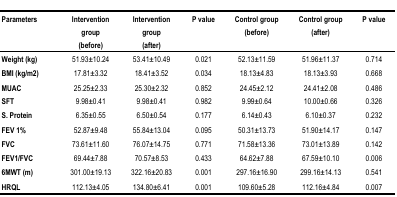
| Parameters | Intervention group (before) | Intervention group (after) | P value | Control group (before) | Control group (after) | P value |
 | --- | --- | --- | --- | --- | --- | --- |
 | Weight (kg) | 51.93±10.24 | 53.41±10.49 | 0.021 | 52.13±11.59 | 51.96±11.37 | 0.714 |
 | BMI (kg/m2) | 17.81±3.32 | 18.41±3.52 | 0.034 | 18.13±4.83 | 18.13±3.93 | 0.668 |
 | MUAC | 25.25±2.33 | 25.30±2.32 | 0.852 | 24.45±2.12 | 24.41±2.08 | 0.486 |
 | SFT | 9.98±0.41 | 9.98±0.41 | 0.982 | 9.99±0.64 | 10.00±0.66 | 0.326 |
 | S. Protein | 6.35±0.55 | 6.50±0.54 | 0.177 | 6.14±0.43 | 6.10±0.37 | 0.232 |
 | FEV 1% | 52.87±9.48 | 55.84±13.04 | 0.095 | 50.31±13.73 | 51.90±14.17 | 0.147 |
 | FVC | 73.61±11.60 | 76.07±14.75 | 0.771 | 71.58±13.36 | 73.01±13.89 | 0.142 |
 | FEV1/FVC | 69.44±7.88 | 70.57±8.53 | 0.433 | 64.62±7.88 | 67.59±10.10 | 0.006 |
 | 6MWT (m) | 301.00±19.13 | 322.16±20.83 | 0.001 | 297.16±16.90 | 299.16±14.13 | 0.541 |
 | HRQL | 112.13±4.05 | 134.80±6.41 | 0.001 | 109.60±5.28 | 112.16±4.84 | 0.007 |